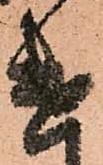
遣